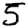
Digit: 5